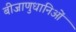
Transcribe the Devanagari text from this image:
बीजाणुधानिओं